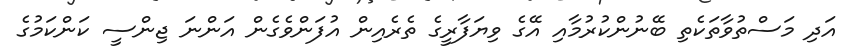
އަދި މަސްތުވާތަކެތި ބޭނުންކުރުމާއި އޭގެ ވިޔަފާރީގެ ތެރެއިން އުފަންވެގެން އަންނަ ޖިންސީ ކަންކަމުގެ